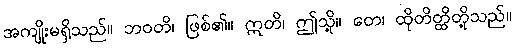
အကျိုးမရှိသည်။ ဘဝတိ၊ ဖြစ်၏။ ဣတိ၊ ဤသို့။ တေ၊ ထိုတိတ္ထိတို့သည်။